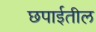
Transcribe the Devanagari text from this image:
छपाईतील